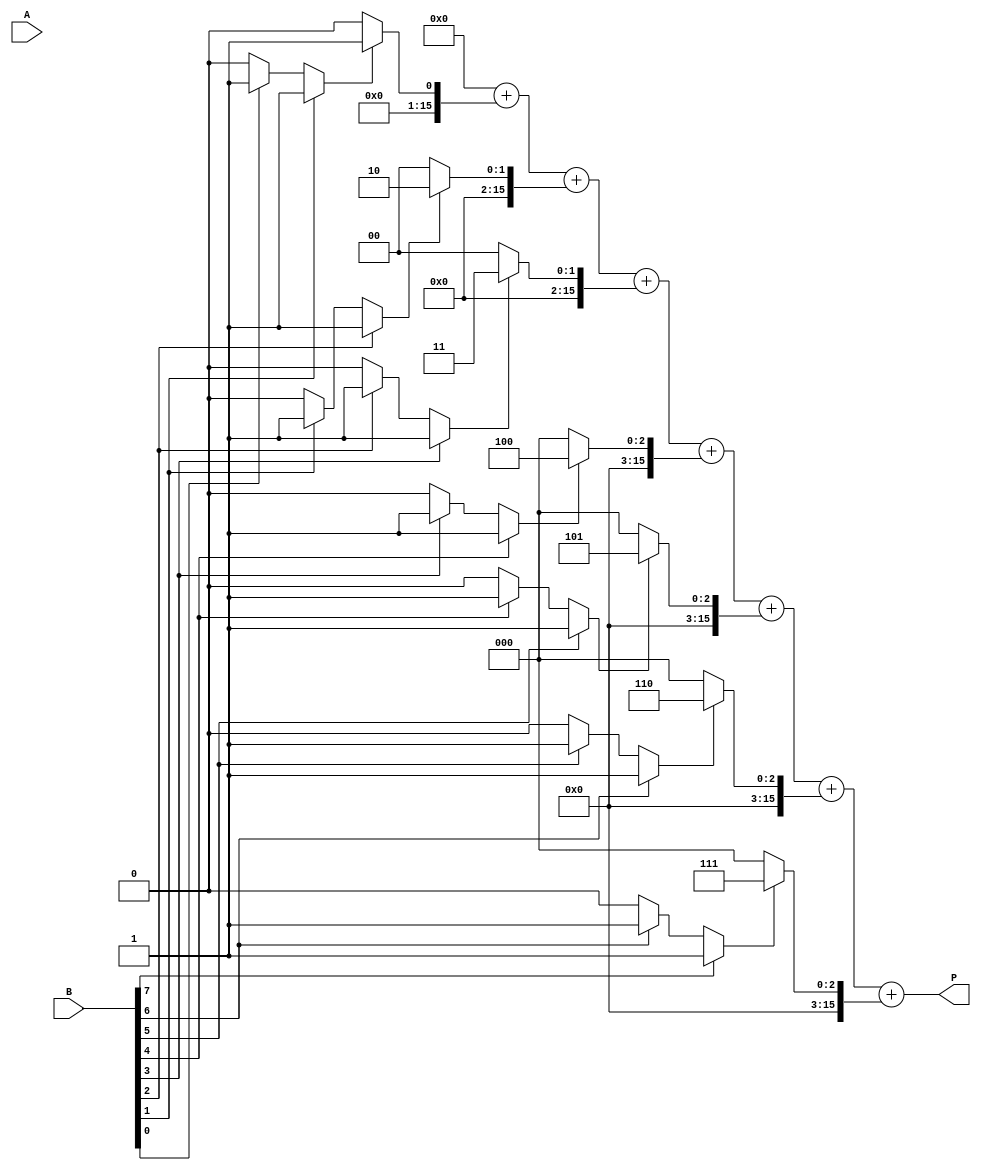
module csd_multiplier #(parameter WIDTH = 8) (
    input  wire [WIDTH-1:0] A,
    input  wire [WIDTH-1:0] B,
    output wire [2*WIDTH-1:0] P
);
    
    // CSD representation
    wire [WIDTH-1:0] csd_B;
    wire [2*WIDTH-1:0] partial_products[WIDTH-1:0];

    // CSD Conversion Module
    function [WIDTH-1:0] to_csd;
        input [WIDTH-1:0] bin;
        integer i;
        reg [WIDTH-1:0] csd;
        begin
            csd = 0;
            for (i = 0; i < WIDTH; i = i + 1) begin
                if (bin[i] == 1) begin
                    csd[i] = 1; // +1
                    if (i < WIDTH-1) begin
                        csd[i+1] = csd[i+1] ^ 1; // Carry to next bit
                    end
                end
            end
            to_csd = csd;
        end
    endfunction

    // Generate CSD representation of B
    assign csd_B = to_csd(B);

    // Partial Product Generation
    genvar j;
    generate
        for (j = 0; j < WIDTH; j = j + 1) begin : pp_gen
            assign partial_products[j] = (csd_B[j] == 1) ? {A, j} :
                                          (csd_B[j] == 0) ? 0 :
                                          (csd_B[j] == -1) ? -{A, j} : 0;
        end
    endgenerate

    // Partial Product Accumulation using a simple adder (can be optimized with CSA)
    wire [2*WIDTH-1:0] sum;
    assign sum = partial_products[0] + partial_products[1] + partial_products[2] + 
                 partial_products[3] + partial_products[4] + partial_products[5] + 
                 partial_products[6] + partial_products[7];

    // Final product output
    assign P = sum;

endmodule